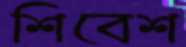
শিবেশ